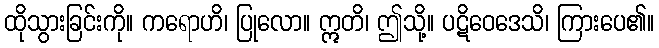
ထိုသွားခြင်းကို။ ကရောဟိ၊ ပြုလော။ ဣတိ၊ ဤသို့။ ပဋိဝေဒေသိ၊ ကြားပေ၏။